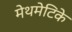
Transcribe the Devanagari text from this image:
मेथमेटिके